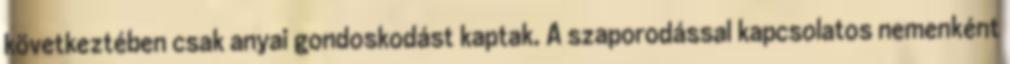
következtében csak anyai gondoskodást kaptak. A szaporodással kapcsolatos nemenként